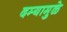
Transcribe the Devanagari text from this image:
दम्यामुळे